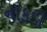
નાકડી